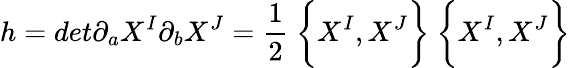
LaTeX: h=det\partial_{a}X^{I}\partial_{b}X^{J}=\frac{1}{2}~\biggl\{ X^{I},X^{J}\biggr\} ~\biggl\{ X^{I},X^{J}\biggr\}